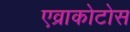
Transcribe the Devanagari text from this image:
एव्राकोटोस